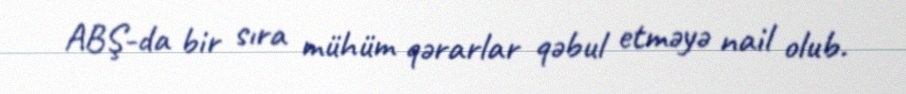
ABŞ-da bir sıra mühüm qərarlar qəbul etməyə nail olub.